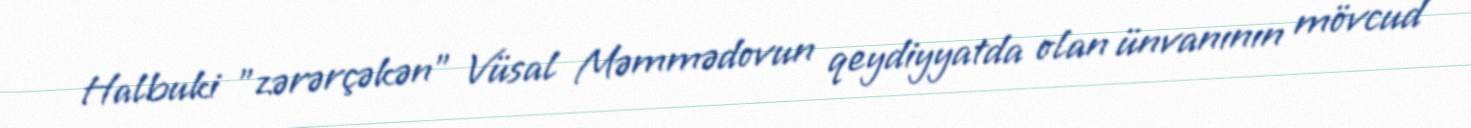
Halbuki ”zərərçəkən" Vüsal Məmmədovun qeydiyyatda olan ünvanının mövcud